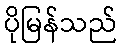
ပိုမြန်သည်